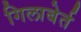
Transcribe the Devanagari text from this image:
गिलाबेर्त